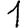
Digit: 1